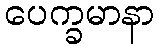
ပေက္ခမာနာ